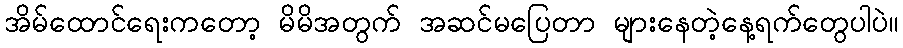
အိမ်ထောင်ရေးကတော့ မိမိအတွက် အဆင်မပြေတာ များနေတဲ့နေ့ရက်တွေပါပဲ။